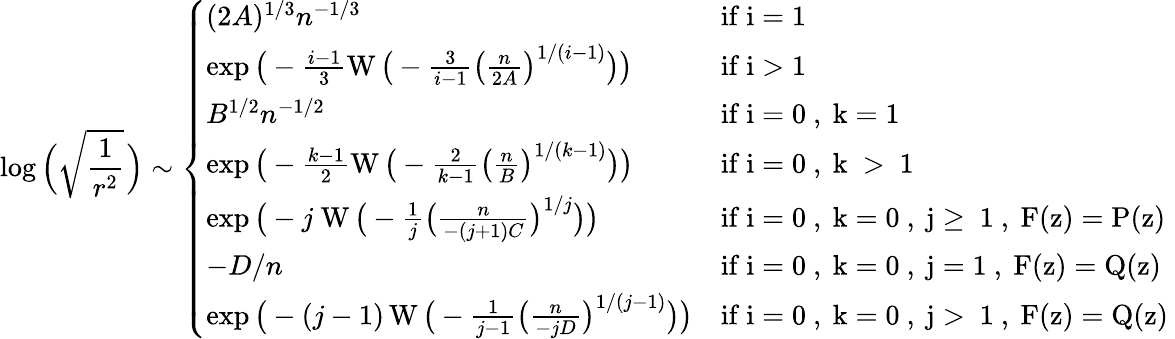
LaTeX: \log\Big(\sqrt{\frac{1}{r^{2}}}\! \ \Big)\sim\left\{ \begin{array}{ll}{(2A)^{1/3}n^{-1/3}}&{\mathrm{if~i=1~}}\\ {\exp\big(-\frac{i-1}{3}\operatorname{W}\big(-\frac{3}{i-1}\big(\frac{n}{2A}\big)^{1/(i-1)}\big)\big)}&{\mathrm{if~i>1~}}\\ {B^{1/2}n^{-1/2}}&{\mathrm{if~i=0~,~k=1~}}\\ {\exp\big(-\frac{k-1}{2}\operatorname{W}\big(-\frac{2}{k-1}\big(\frac{n}{B}\big)^{1/(k-1)}\big)\big)}&{\mathrm{if~i=0~,~k~>~1~}}\\ {\exp\big(-j\! \ \operatorname{W}\big(-\frac{1}{j}\big(\frac{n}{-(j+1)C}\big)^{1/j}\big)\big)}&{\mathrm{if~i=0~,~k=0~,~j\geq~1~,~F(z)=P(z)~}}\\ {-D/n}&{\mathrm{if~i=0~,~k=0~,~j=1~,~F(z)=Q(z)~}}\\ {\exp\big(-(j-1)\operatorname{W}\big(-\frac{1}{j-1}\big(\frac{n}{-jD}\big)^{1/(j-1)}\big)\big)}&{\mathrm{if~i=0~,~k=0~,~j>~1~,~F(z)=Q(z)~}}\end{array}\right.